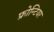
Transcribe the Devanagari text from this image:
फ्रोन्टियर